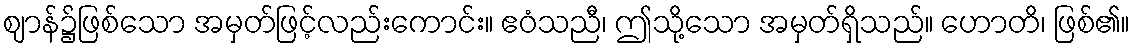
ဈာန်၌ဖြစ်သော အမှတ်ဖြင့်လည်းကောင်း။ ဧဝံသညီ၊ ဤသို့သော အမှတ်ရှိသည်။ ဟောတိ၊ ဖြစ်၏။